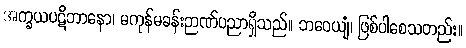
အက္ခယပဋိဘာနော၊ မကုန်မခန်းဉာဏ်ပညာရှိသည်။ ဘဝေယျံ၊ ဖြစ်ပါစေသတည်း။